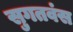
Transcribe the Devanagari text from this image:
सुगतवंस